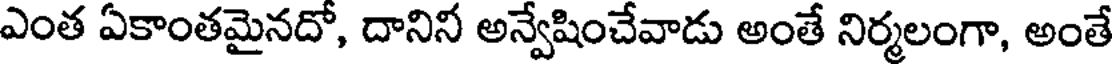
ఎంత ఏకాంతమైనదో, దానినీ అన్వేషించేవాడు అంతే నిర్మలంగా, అంతే